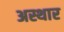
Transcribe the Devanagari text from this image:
अस्थार